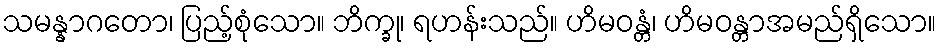
သမန္နာဂတော၊ ပြည့်စုံသော။ ဘိက္ခု၊ ရဟန်းသည်။ ဟိမဝန္တံ၊ ဟိမဝန္တာအမည်ရှိသော။